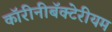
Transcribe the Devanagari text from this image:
कॉरीनीबॅक्टेरीयम